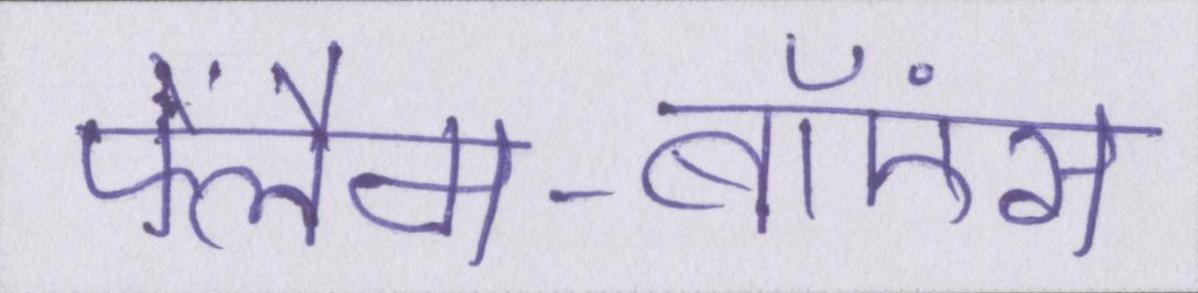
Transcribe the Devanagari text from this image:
फ्लैम-बॉएंस